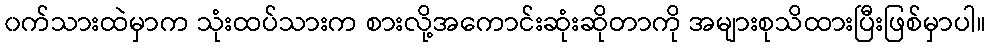
၀က်သားထဲမှာက သုံးထပ်သားက စားလို့အကောင်းဆုံးဆိုတာကို အများစုသိထားပြီးဖြစ်မှာပါ။